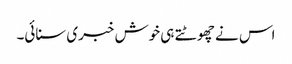
اس نے چھوٹتے ہی خوش خبری سنائی۔